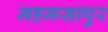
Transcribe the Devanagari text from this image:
महमसापुर